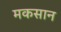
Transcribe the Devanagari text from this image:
मकसान